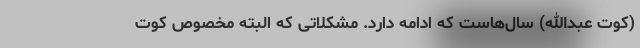
(کوت عبدالله) سال‌هاست که ادامه دارد. مشکلاتی که البته مخصوص کوت